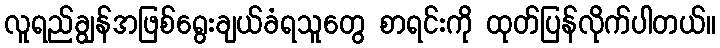
လူရည်ချွန်အဖြစ်ရွေးချယ်ခံရသူတွေ စာရင်းကို ထုတ်ပြန်လိုက်ပါတယ်။